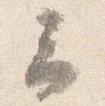
云